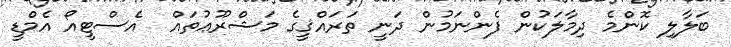
ބަލާލި ކޮންމެ ދިމާލަކުން ފެންނަމުން ދަނީ ތަރައްޤީގެ މަޝްރޫޢުތައް  އެސްޓީއޯ އެމްޑީ